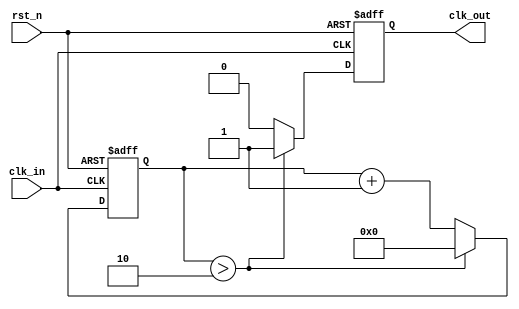
/*
 * @Author: WenJiaBao-2022E8020282071
 * @Date: 2022-10-12 23:40:02
 * @LastEditTime: 2022-10-23 16:49:51
 * @Description: 
 * 
 * Copyright (c) 2022 by WenJiaBao wenjiabao0919@163.com, All Rights Reserved. 
 */
 module clk_gen(
    input   clk_in,
    input   rst_n,
    output  reg clk_out
 );
reg[6:0] count;
 always @(posedge clk_in or negedge rst_n) begin
    if(!rst_n)begin
        clk_out <= 0;
        count   <= 0;
    end else if (count>7'd2)begin
        count   <= 0;
        clk_out <= 1;
    end else begin
        count   <= count + 7'd1;
        clk_out <= 0;
    end
 end
endmodule